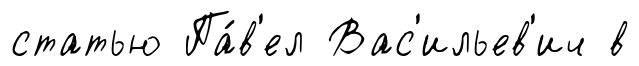
статью Па́в'ел Вас'ильев'ич в